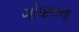
ગોપાલના